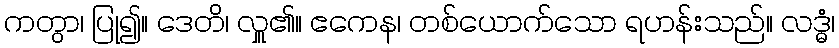
ကတွာ၊ ပြု၍။ ဒေတိ၊ လှူ၏။ ဧကေန၊ တစ်ယောက်သော ရဟန်းသည်။ လဒ္ဓံ၊